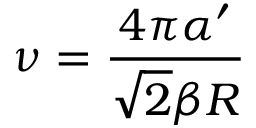
\nu = \frac { 4 \pi \alpha ^ { \prime } } { \sqrt { 2 } \beta R }